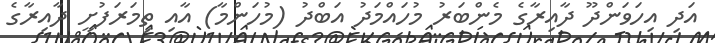
އަދި އިހަވަންދޫ ދާއިރާގެ މެންބަރު މުހައްމަދު އަބްދު (މުހަންމާ) އާއި ތިމަރަފުށީ ދާއިރާގެ